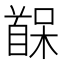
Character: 𫗷